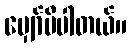
မျှော်မိပါတယ်။